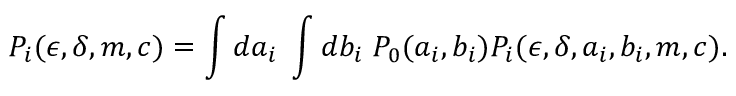
P _ { i } ( \epsilon , \delta , m , c ) = \int d a _ { i } \; \int d b _ { i } \; P _ { 0 } ( a _ { i } , b _ { i } ) P _ { i } ( \epsilon , \delta , a _ { i } , b _ { i } , m , c ) .